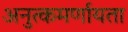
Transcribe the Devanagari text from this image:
अनुत्कमर्णायता